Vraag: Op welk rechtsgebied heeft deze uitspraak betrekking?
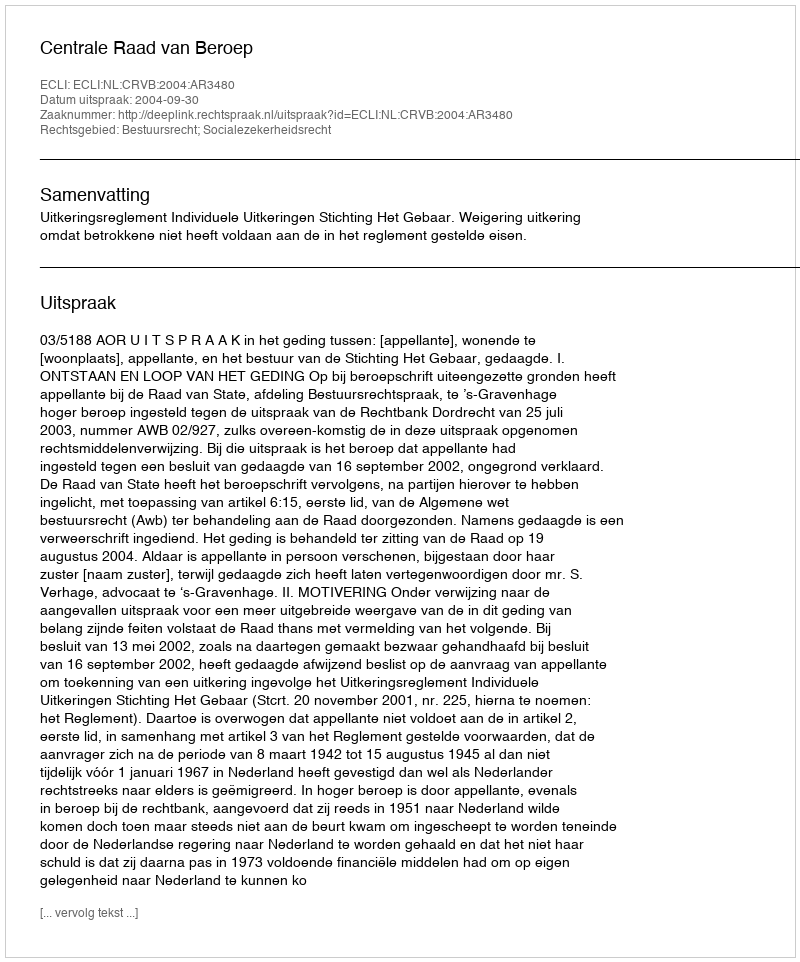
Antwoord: Bestuursrecht; Socialezekerheidsrecht